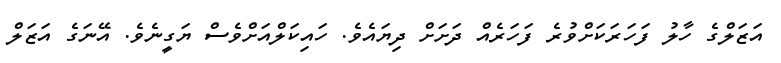
އަޒަލްގެ ހާލު ފަހަރަކަށްވުރެ ފަހަރެއް ދަށަށް ދިޔައެވެ. ހައިކަލްއަށްވެސް ޔަގީނެވެ. އޭނަގެ އަޒަލް